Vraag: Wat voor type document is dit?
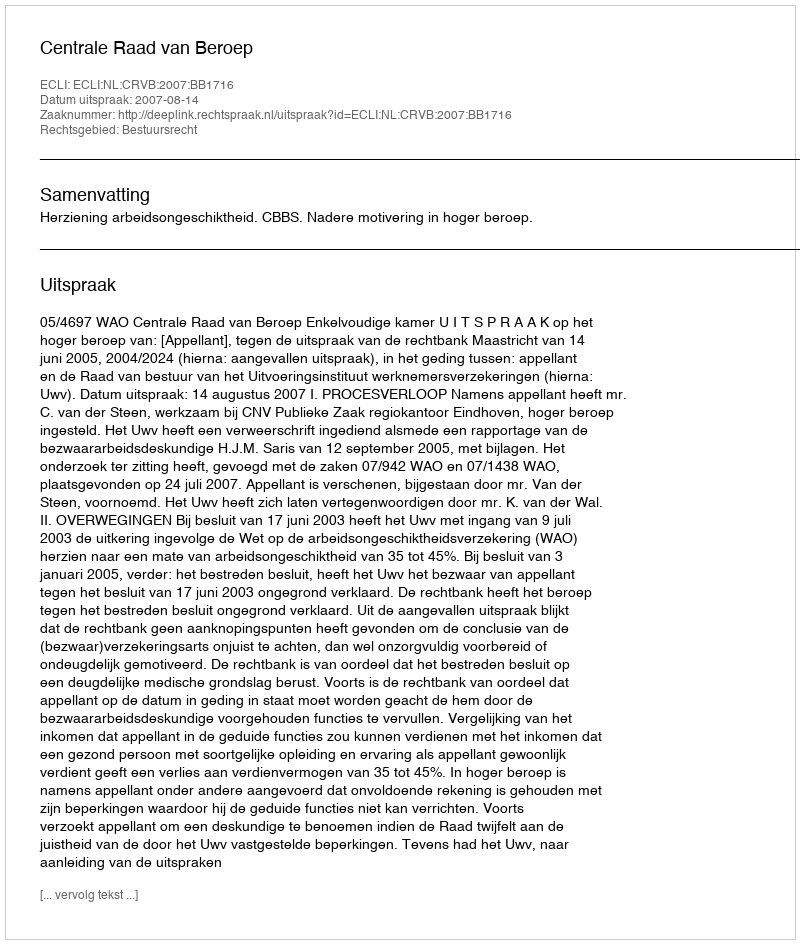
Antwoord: Uitspraak